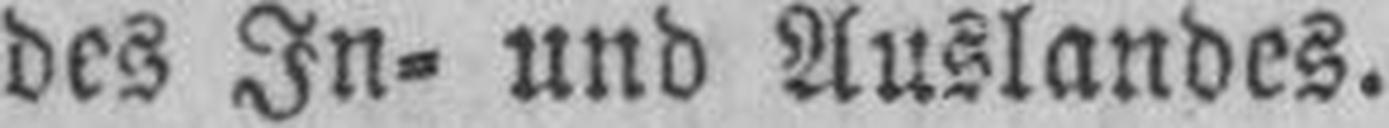
des In- und Auslandes.